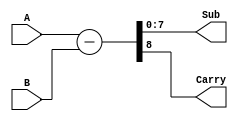
module comb_subtractor(
    input [7:0] A,
    input [7:0] B,
    output [7:0] Sub,
    output Carry
);

assign {Carry, Sub} = A - B;

endmodule